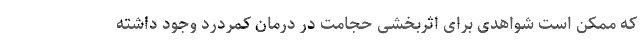
که ممکن است شواهدی برای اثربخشی حجامت در درمان کمردرد وجود داشته